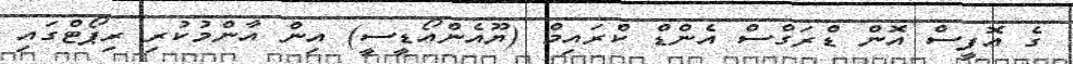
ގެ އޮފީސް އޮން ޑްރަގްސް އެންޑް ކްރައިމް (ޔޫއެންއޯޑީސީ) އިން އާންމުކުރި ރިޕޯޓްގައި